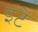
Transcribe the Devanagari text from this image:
इंटें